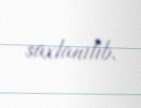
saxlanılıb.